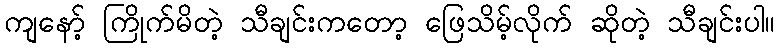
ကျနော့် ကြိုက်မိတဲ့ သီချင်းကတော့ ဖြေသိမ့်လိုက် ဆိုတဲ့ သီချင်းပါ။